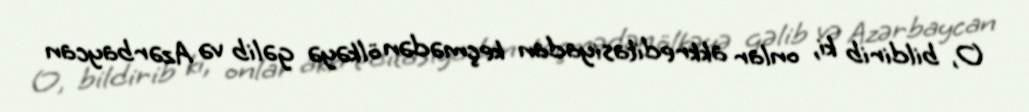
O, bildirib ki, onlar akkreditasiyadan keçmədən ölkəyə gəlib və Azərbaycan